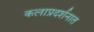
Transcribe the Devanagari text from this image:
कलाप्रदर्शनात